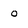
Character: O